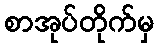
စာအုပ်တိုက်မှ